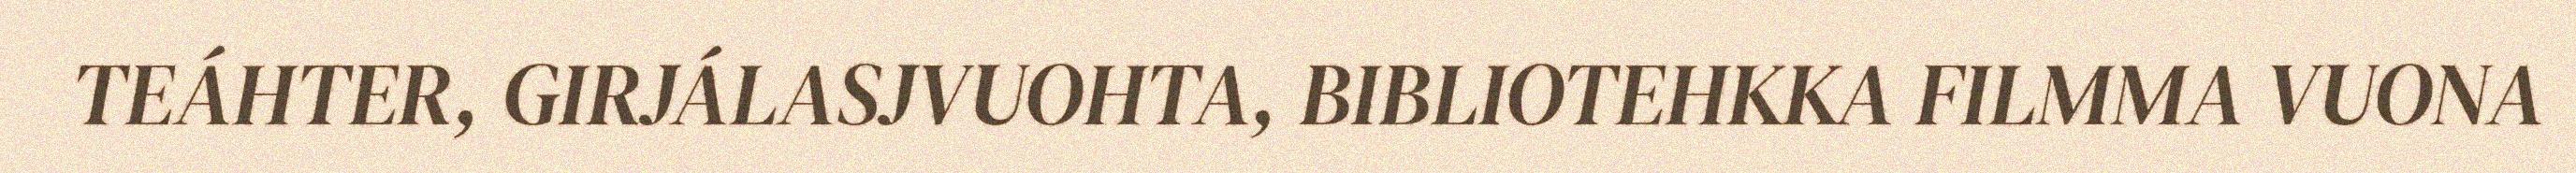
TEÁHTER, GIRJÁLASJVUOHTA, BIBLIOTEHKKA FILMMA VUONA